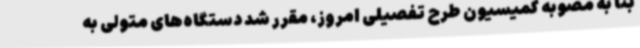
بنا به مصوبه کمیسیون طرح تفصیلی امروز، مقرر شد دستگاه‌های متولی به